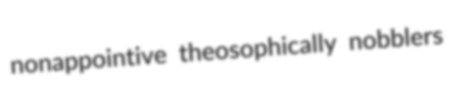
nonappointive theosophically nobblers